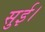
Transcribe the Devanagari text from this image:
सुई।